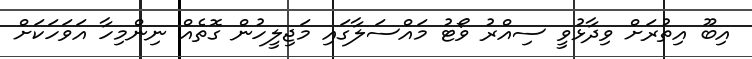
އިބޫ އިތުރަށް ވިދާޅުވީ ސިއްރު ވޯޓު މައްސަލާގައި މަޖިލީހުން ގޮތެއް ނިންމިހާ އަވަހަކަށް